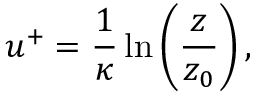
u ^ { + } = \frac { 1 } { \kappa } \ln \left( \frac { z } { z _ { 0 } } \right) ,